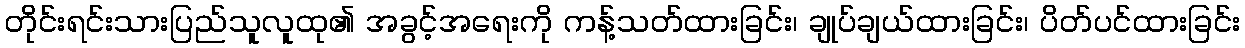
တိုင်းရင်းသားပြည်သူလူထု၏ အခွင့်အရေးကို ကန့်သတ်ထားခြင်း၊ ချုပ်ချယ်ထားခြင်း၊ ပိတ်ပင်ထားခြင်း